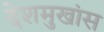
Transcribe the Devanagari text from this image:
देशमुखांस